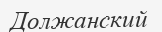
Должанский